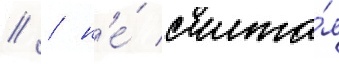
// / н'е́ счита́я